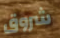
شروق